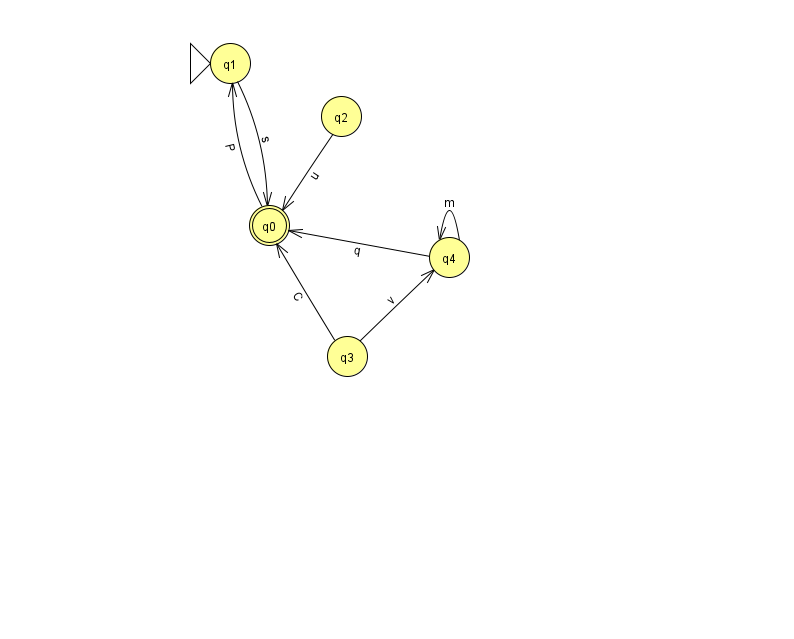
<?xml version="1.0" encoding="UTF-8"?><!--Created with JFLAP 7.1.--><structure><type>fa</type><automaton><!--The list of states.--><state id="0" name="q0"><x>269.0</x><y>212.0</y><final/></state><state id="1" name="q1"><x>230.0</x><y>50.0</y><initial/></state><state id="2" name="q2"><x>341.0</x><y>103.0</y></state><state id="3" name="q3"><x>347.0</x><y>343.0</y></state><state id="4" name="q4"><x>449.0</x><y>244.0</y></state><!--The list of transitions.--><transition><from>0</from><to>1</to><read>P</read></transition><transition><from>1</from><to>0</to><read>s</read></transition><transition><from>2</from><to>0</to><read>u</read></transition><transition><from>4</from><to>0</to><read>q</read></transition><transition><from>3</from><to>4</to><read>v</read></transition><transition><from>3</from><to>0</to><read>C</read></transition><transition><from>4</from><to>4</to><read>m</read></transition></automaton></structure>